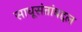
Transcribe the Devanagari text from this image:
साधूसंतांबद्दल